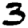
Digit: 3